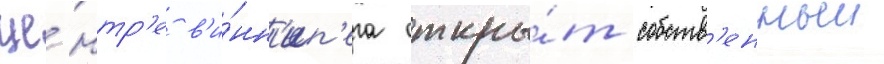
це́нтр'е в'и́нн'ип'ега откры́т собств'енныи